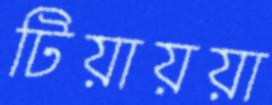
টিয়ায়য়া